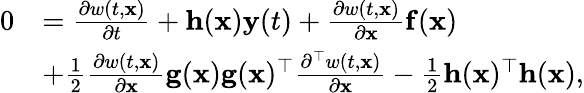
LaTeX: \begin{array}{rl}{0}&{=\frac{\partial w(t,\mathbf{x})}{\partial t}+\mathbf{h}(\mathbf{x})\mathbf{y}(t)+\frac{\partial w(t,\mathbf{x})}{\partial\mathbf{x}}\mathbf{f}(\mathbf{x})}\\ &{+\frac{1}{2}\frac{\partial w(t,\mathbf{x})}{\partial\mathbf{x}}\mathbf{g}(\mathbf{x})\mathbf{g}(\mathbf{x})^{\top}\frac{\partial^{\top}w(t,\mathbf{x})}{\partial\mathbf{x}}-\frac{1}{2}\mathbf{h}(\mathbf{x})^{\top}\mathbf{h}(\mathbf{x}),}\end{array}